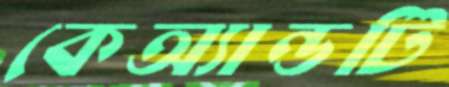
কেঅ্যান্ডটি